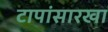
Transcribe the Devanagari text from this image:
टापांसारखा